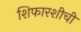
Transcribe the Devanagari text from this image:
शिफारशीची